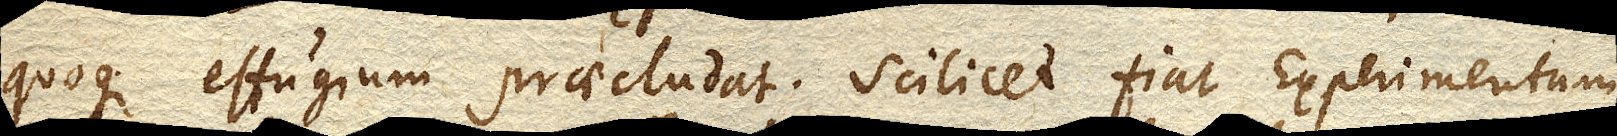
quoque effugium praecludat. Scilicet fiat Experimentum